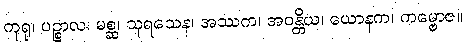
ကုရု၊ ပဉ္စာလ၊ မစ္ဆ၊ သုရသေန၊ အဿက၊ အဝန္တိယ၊ ယောနက၊ ကမ္ဗောဇ။